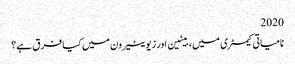
2020
نامیاتی کیمسٹری میں ، بیٹین اور زیویٹیرون میں کیا فرق ہے؟